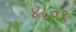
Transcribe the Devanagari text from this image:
४८०९